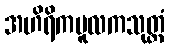
အဟိရိကမူလကသုတ္တံ